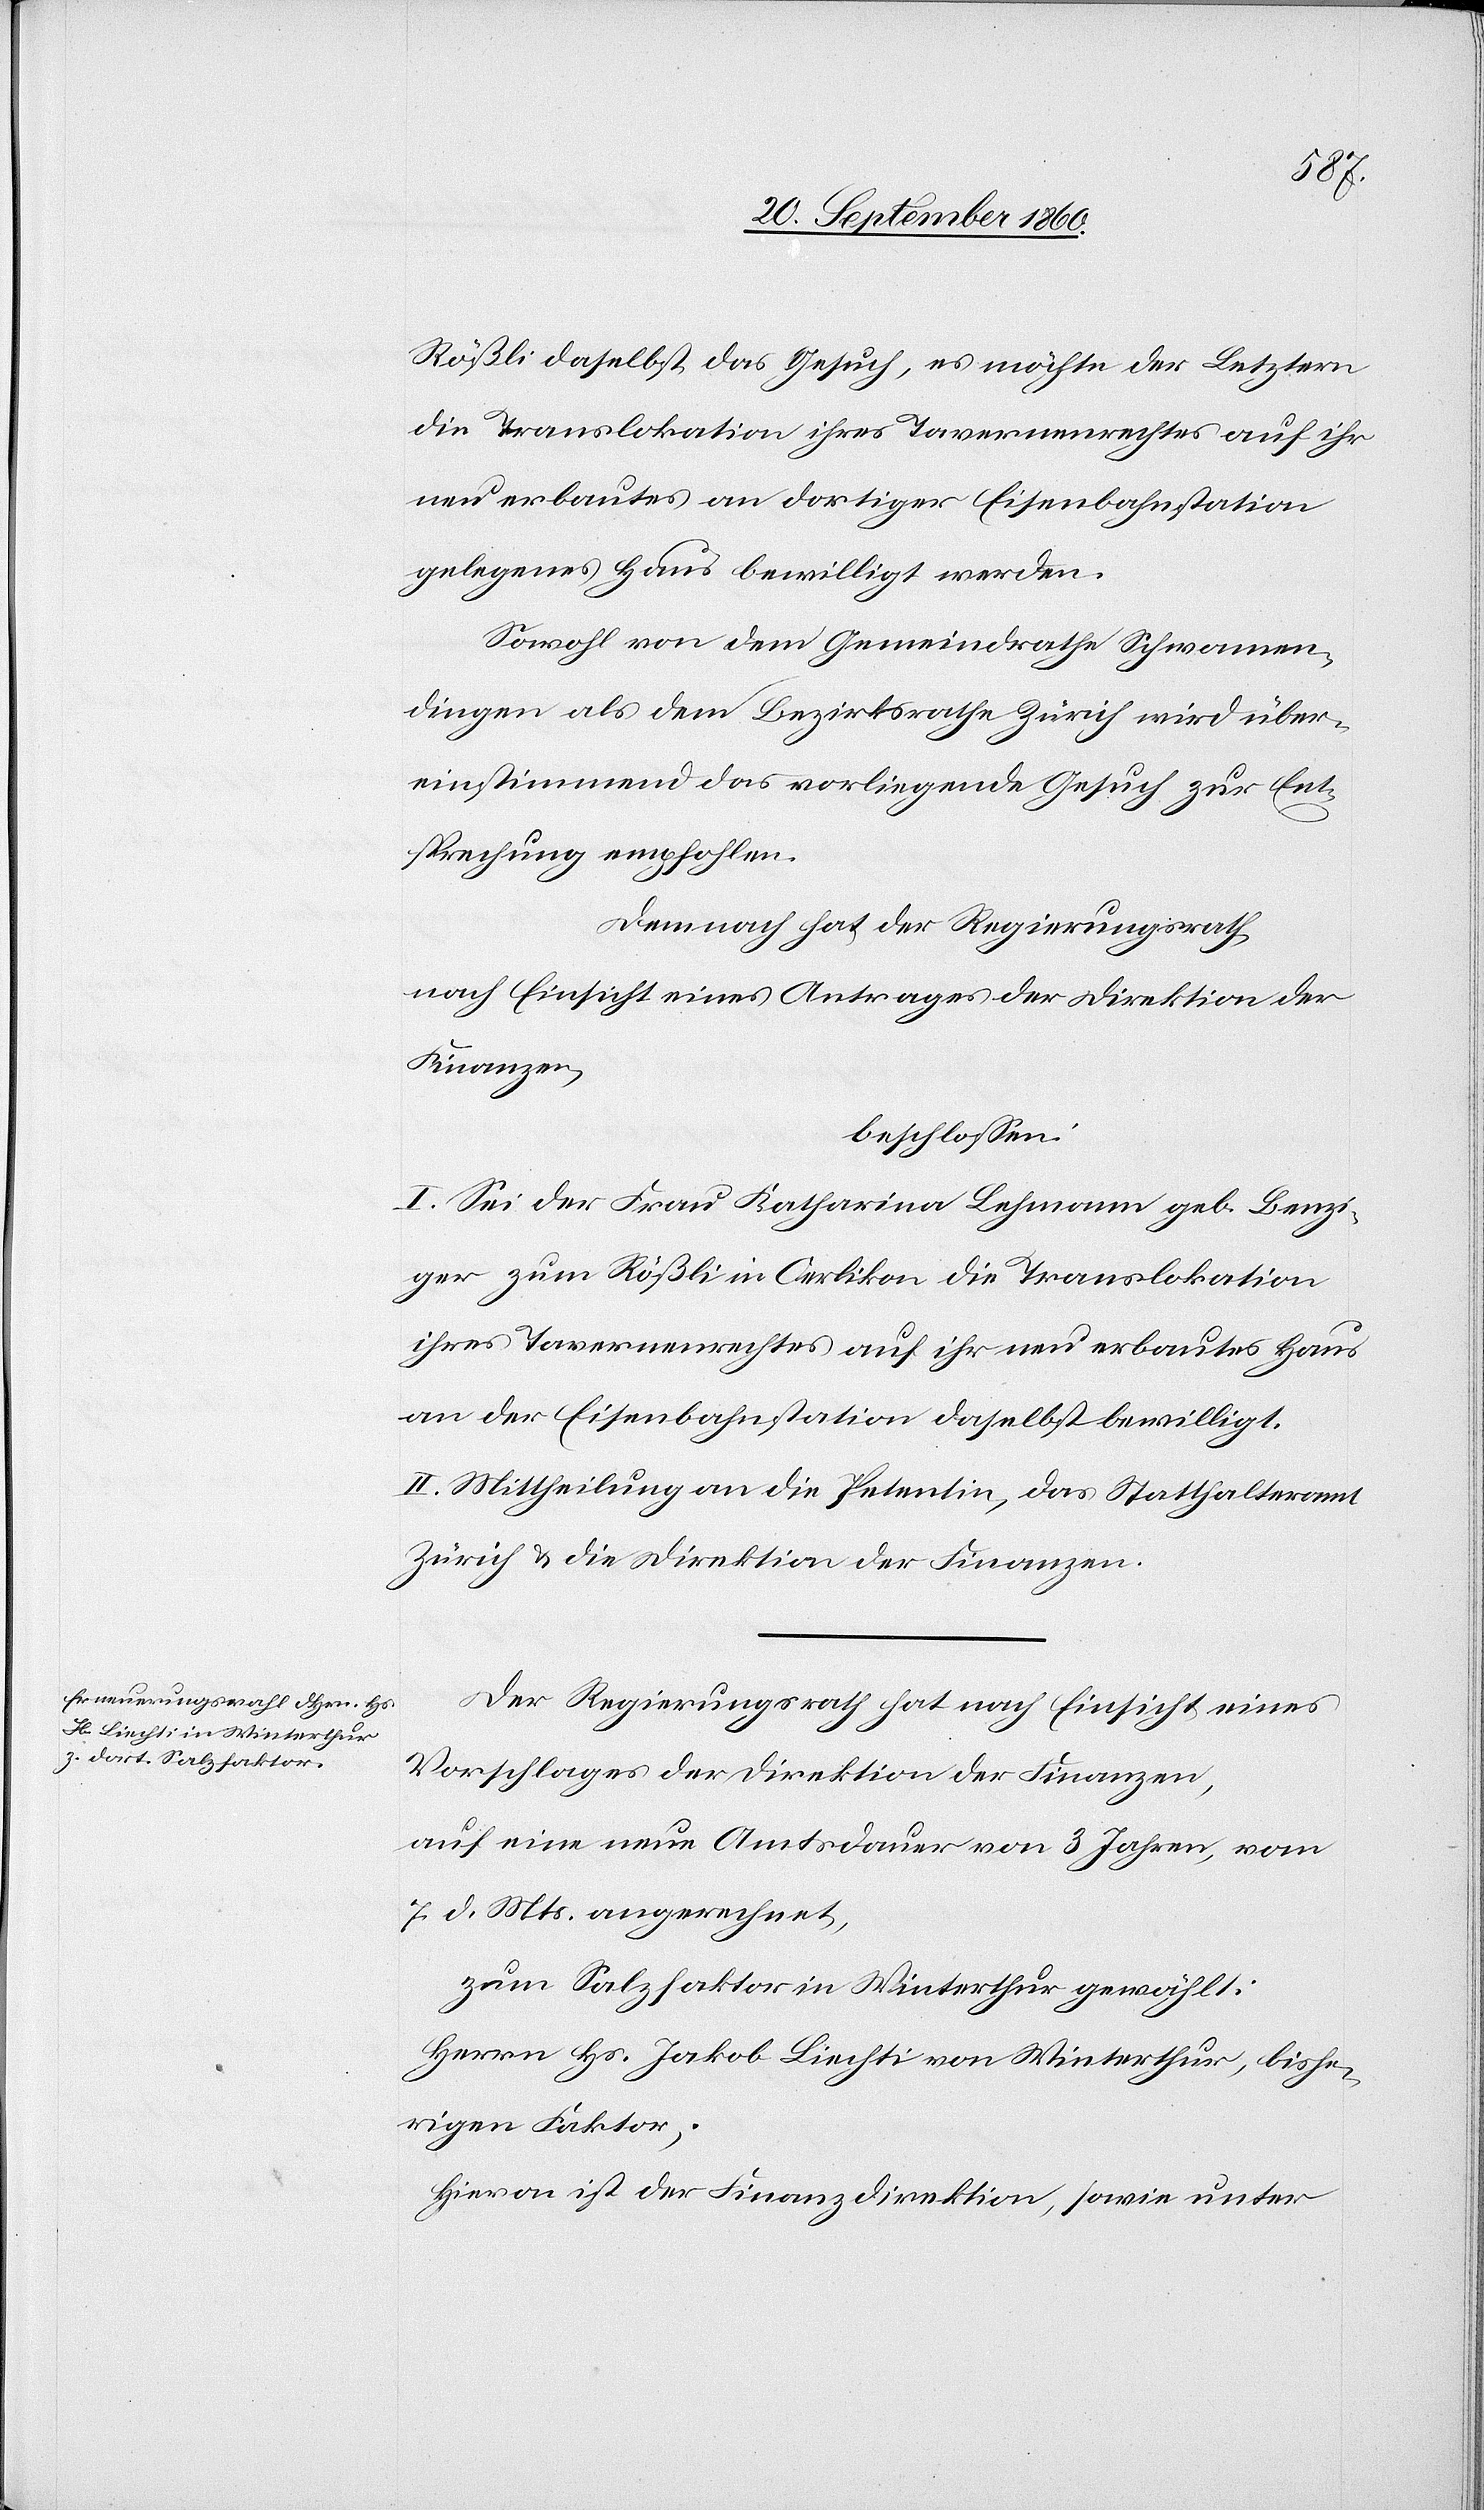
Rößli daselbst das Gesuch, es möchte der Letztern
die Translokation ihres Tavernenrechts auf ihr
neu erbautes an dortiger Eisenbahnstation
gelegenes Haus bewilligt werden.
Sowohl von dem Gemeindrathe Schwamen¬
dingen als dem Bezirksrathe Zürich wird über¬
einstimmend das vorliegende Gesuch zur Ent¬
sprechung empfohlen.
Demnach hat der Regierungsrath
nach Einsicht eines Antrages der Direktion der
Finanzen,
beschlossen:
I. Sei der Frau Katharina Lehmann geb. Benzi¬
ger zum Rößli in Oerlikon die Translokation
ihres Tavernenrechtes auf ihr neu erbautes Haus
an der Eisenbahnstation daselbst bewilligt.
II. Mittheilung an die Petentin, das Statthalteramt
Zürich & die Direktion der Finanzen.
Der Regierungsrath hat nach Einsicht eines
Vorschlages der Direktion der Finanzen,
auf eine neue Amtsdauer von 3 Jahren, vom
7. d. Mts. angerechnet,
zum Salzfaktor in Winterthur gewählt:
Herrn Hs. Jakob Liechti von Winterthur, bishe¬
rigen Faktor;
Hievon ist der Finanzdirektion, sowie unter